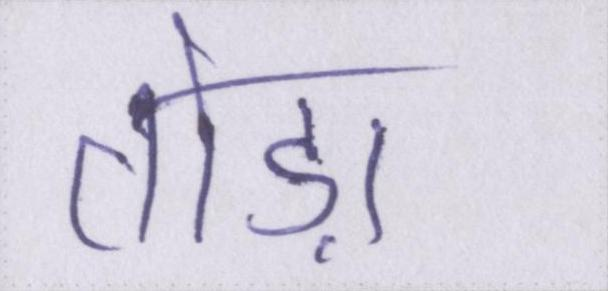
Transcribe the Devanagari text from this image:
तोड़ा